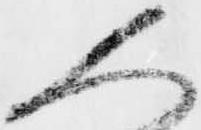
人